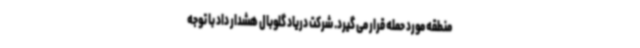
منطقه مورد حمله قرار می گیرد. شرکت دریاد گلوبال هشدار داد با توجه